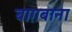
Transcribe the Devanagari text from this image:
बाग़बाना